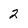
Character: 2